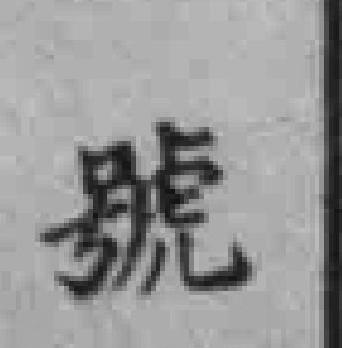
號